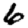
Digit: 6